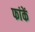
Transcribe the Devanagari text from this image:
फांकें